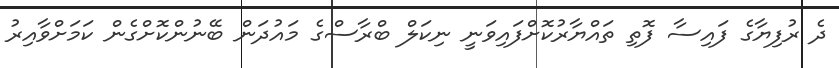
ދެ ރުފިޔާގެ ފައިސާ ފޮތި ތައްޔާރުކޮށްފައިވަނީ ނިކަލް ބްރާސްގެ މައުދަން ބޭނުންކޮށްގެން ކަމަށްވާއިރު